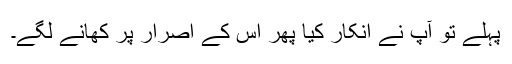
پہلے تو آپ نے انکار کیا پھر اس کے اصرار پر کھانے لگے۔